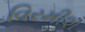
વિરમીશ